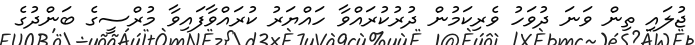
ޖުލައި ތިން ވަނަ ދުވަހު ވެރިކަމުން ދުރުކުރައްވާ ހައްޔަރު ކުރައްވާފައިވާ މުރްސީގެ ބަންދުގެ